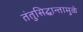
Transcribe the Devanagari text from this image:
तंतुसिद्धान्तामुळे